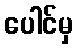
ပေါင်မှ